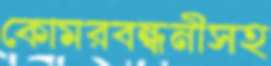
কোমরবন্ধনীসহ